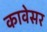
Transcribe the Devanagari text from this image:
कावेसर